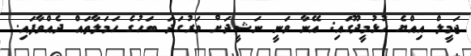
ޖަމީލް އިއްޔެ ހުޅުމީދޫގައި: އޭނާ ވަނީ ނަޝީދަށް ވަރުގަދަ ބަހުގެ ހަމަލާތައް ދެއްވާފައި.